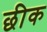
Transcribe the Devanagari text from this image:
छीक